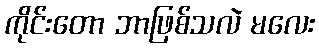
ကိုင်းတော ဘာဖြစ်သလဲ မလေး